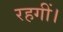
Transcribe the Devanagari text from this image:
रहगीं।